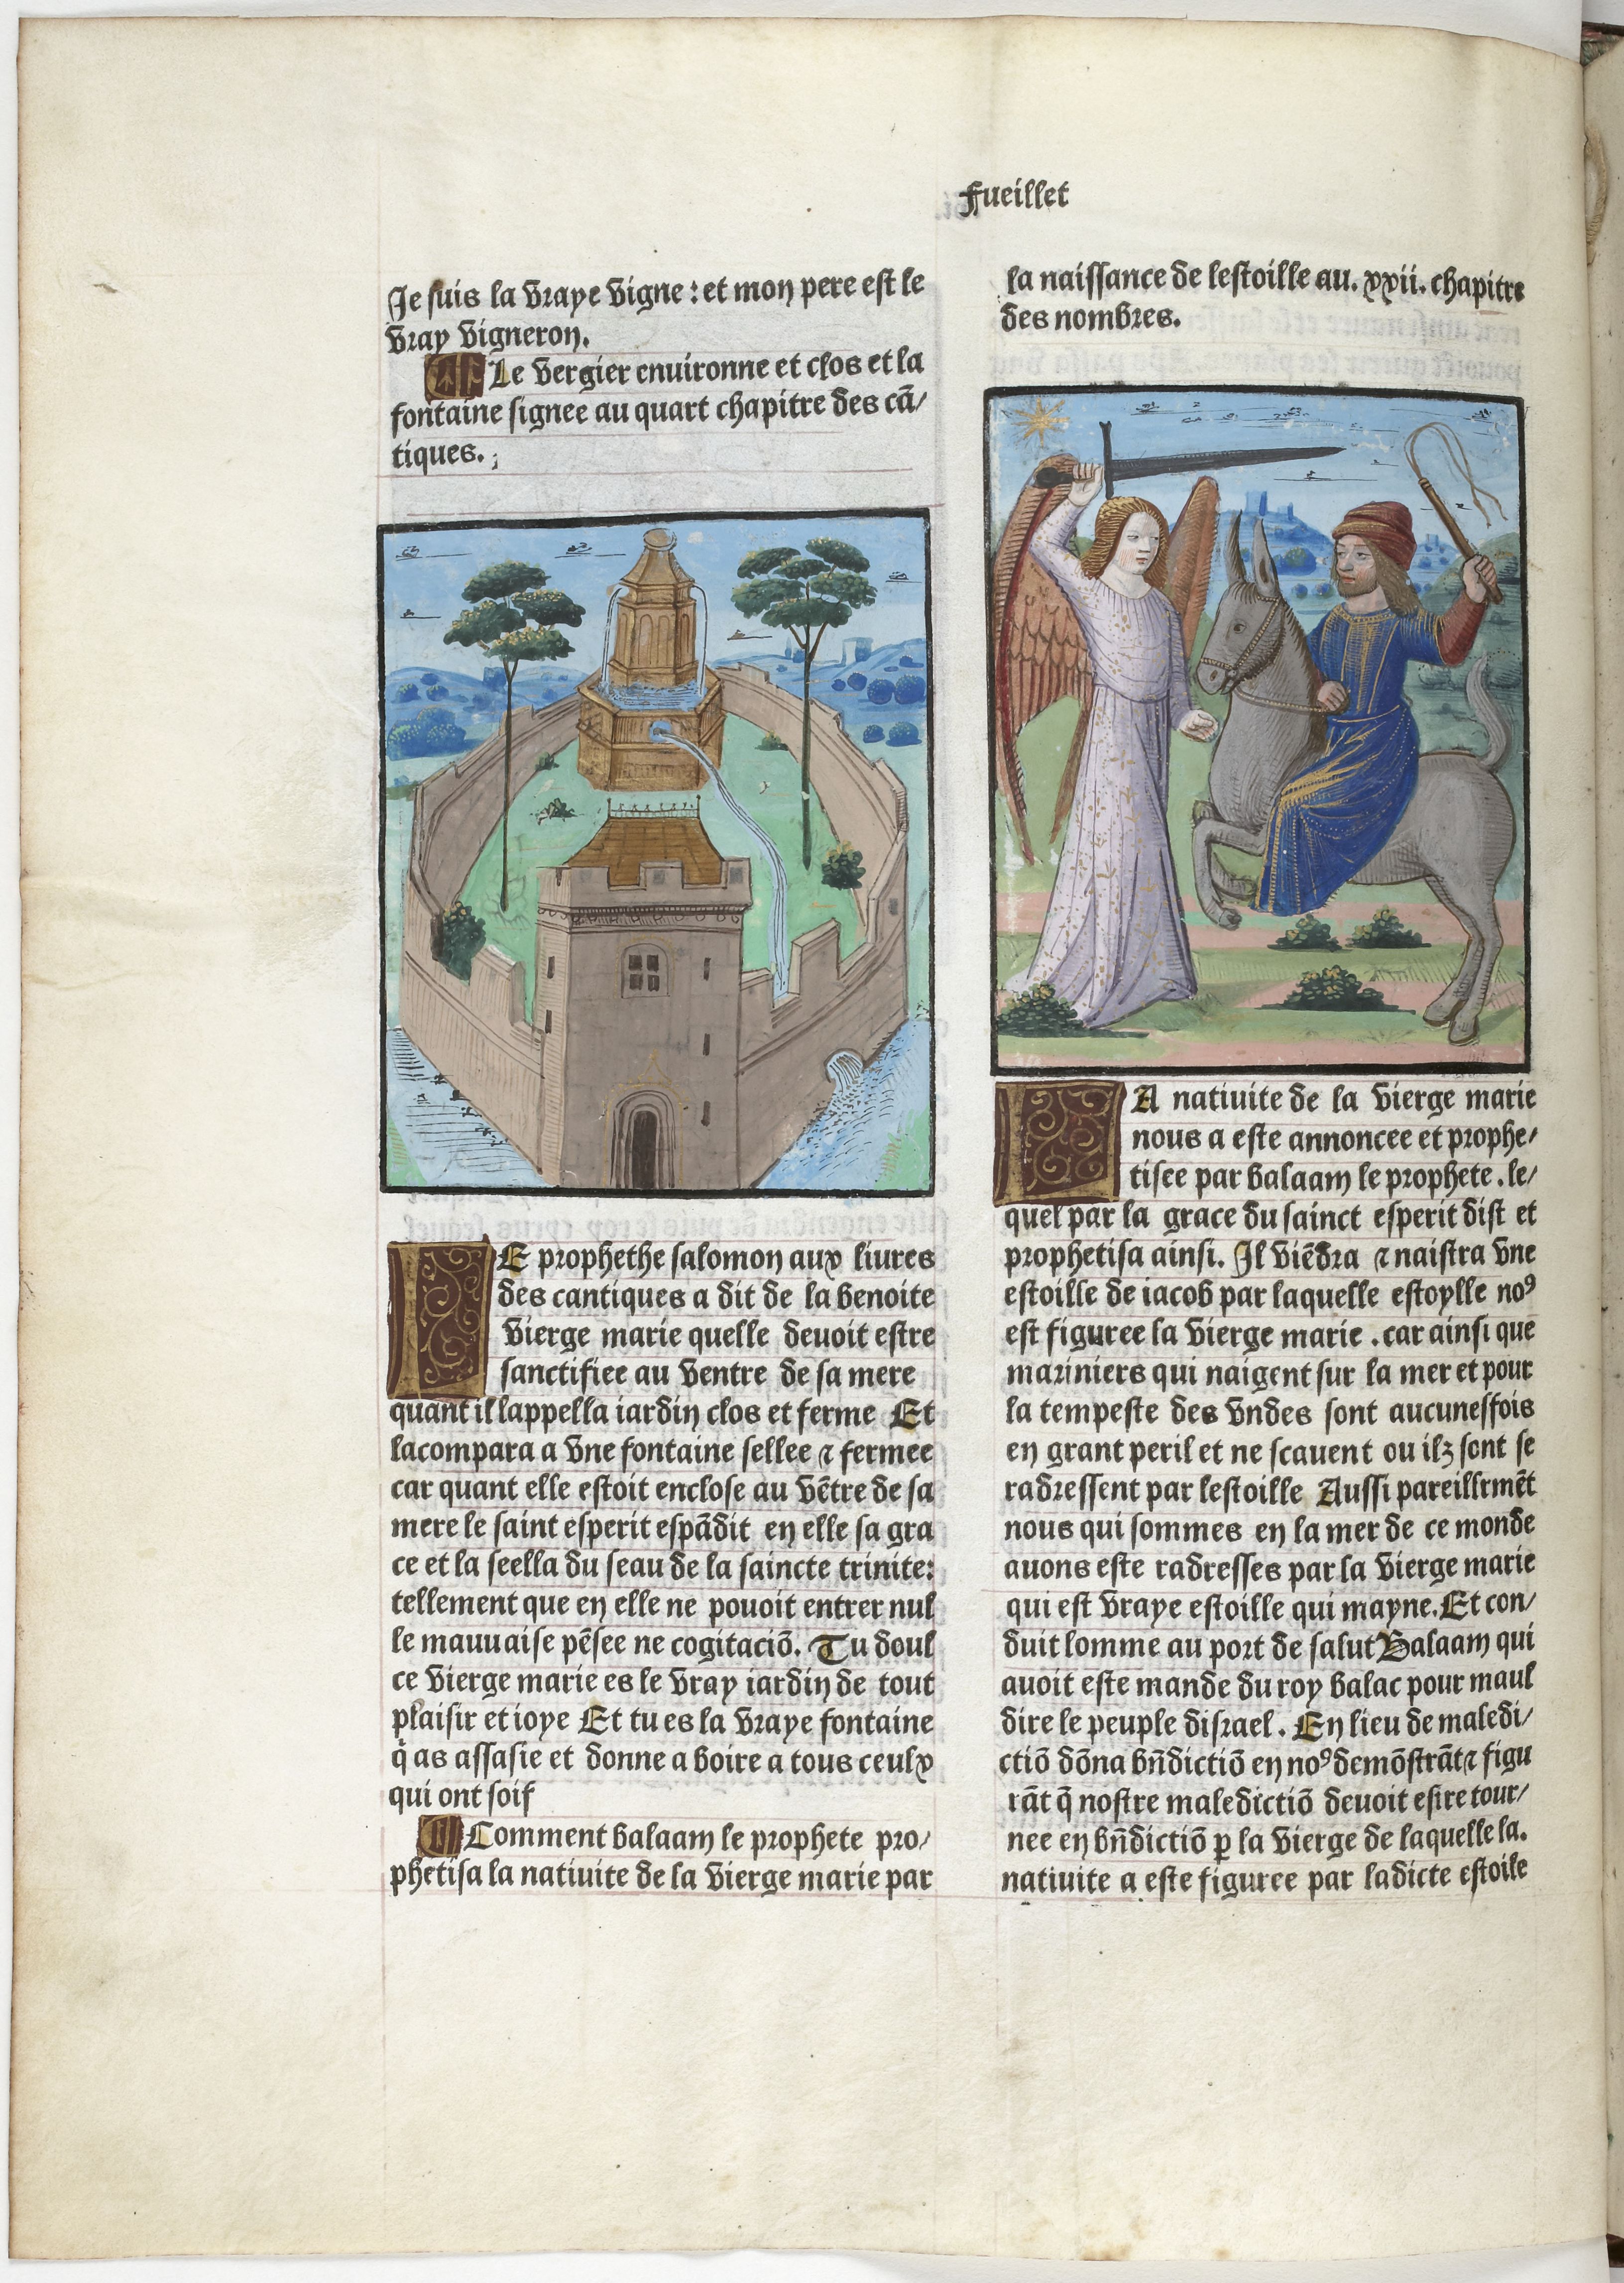
Shelfmark: Paris, BnF, Velins 906
Century: 15